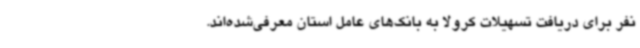
نفر برای دریافت تسهیلات کرولا به بانک‌های عامل استان معرفی‌شده‌اند.